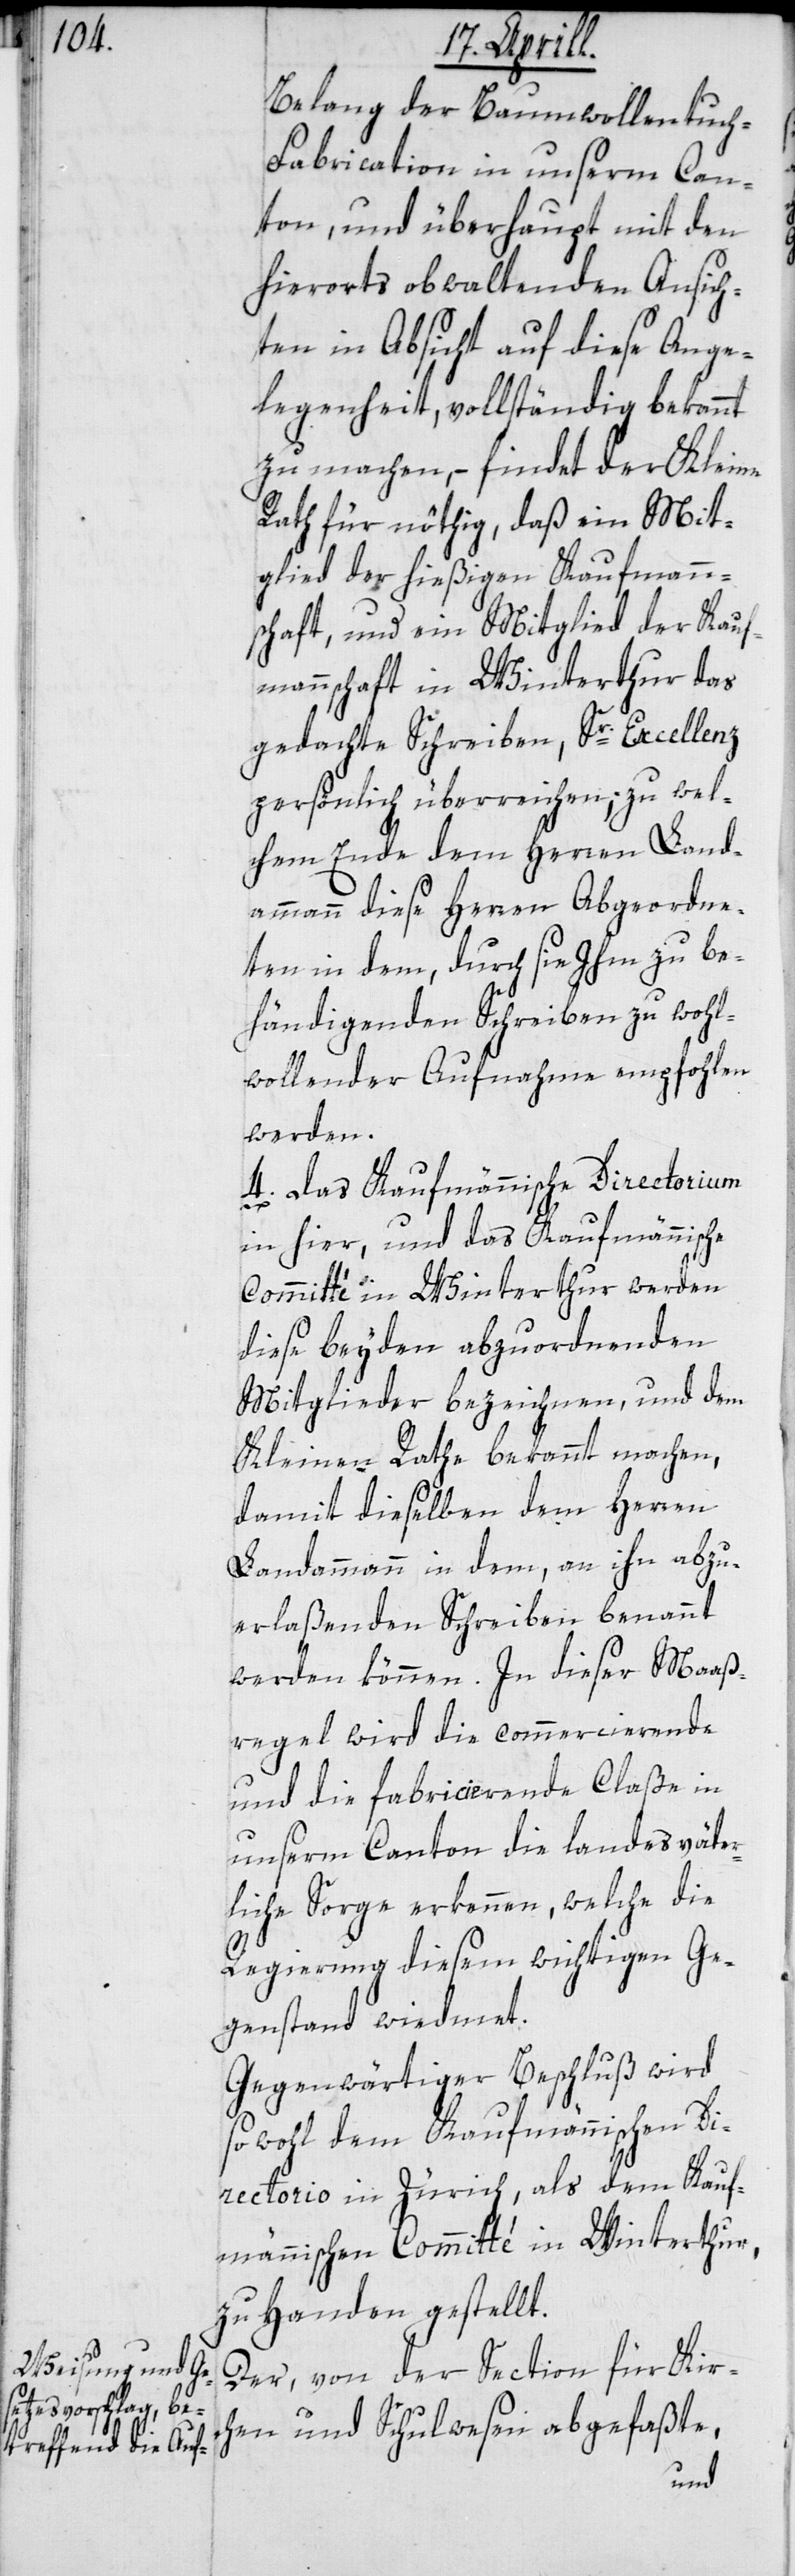
Belang der Baumwollentuc¬
h-Fabrication in unserm Can¬
ton, und überhaupt mit den
hierorts obwaltenden Ansich¬
ten in Absicht auf diese Ange¬
legenheit, vollständig bekannt
zu machen, – findet der Kleine
Rath für nöthig, daß ein Mit¬
glied der hießigen Kaufmann¬
schaft und ein Mitglied der Kauf¬
mannschaft in Winterthur das
gedachte Schreiben, Sr. Excellenz
persönlich überreichen; zu wel¬
chem Ende dem Herren Land¬
ammann diese Herren Abgeordne¬
ten in dem, durch sie Ihm zu be¬
händigenden Schreiben zu wohl¬
wollender Aufnahme empfohlen
werden.
4. Das Kaufmännische Directorium
in hier, und das Kaufmännische
Committé in Winterthur werden
diese beyden abzuordnenden
Mitglieder bezeichnen, und dem
Kleinen Rathe bekannt machen,
damit dieselben dem Herren
Landammann in dem, an ihn abzu¬
erlaßenden Schreiben benannt
werden können. In dieser Maaß¬
regel wird die commercierende
und die fabricierende Claße in
unserm Canton die landesväter¬
liche Sorge erkennen, welche die
Regierung diesem wichtigen Ge¬
genstand wiedmet.
Gegenwärtiger Beschluß wird
sowohl dem Kaufmännischen Di¬
rectorio in Zürich, als dem Kauf¬
männischen Committé in Winterthur
zu Handen gestellt.
Der, von der Section für Kirc¬
hen und Schulwesen abgefaßte,